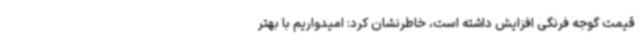
قیمت گوجه فرنگی افزایش داشته است، خاطرنشان کرد: امیدواریم با بهتر